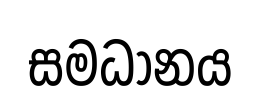
සමධානය